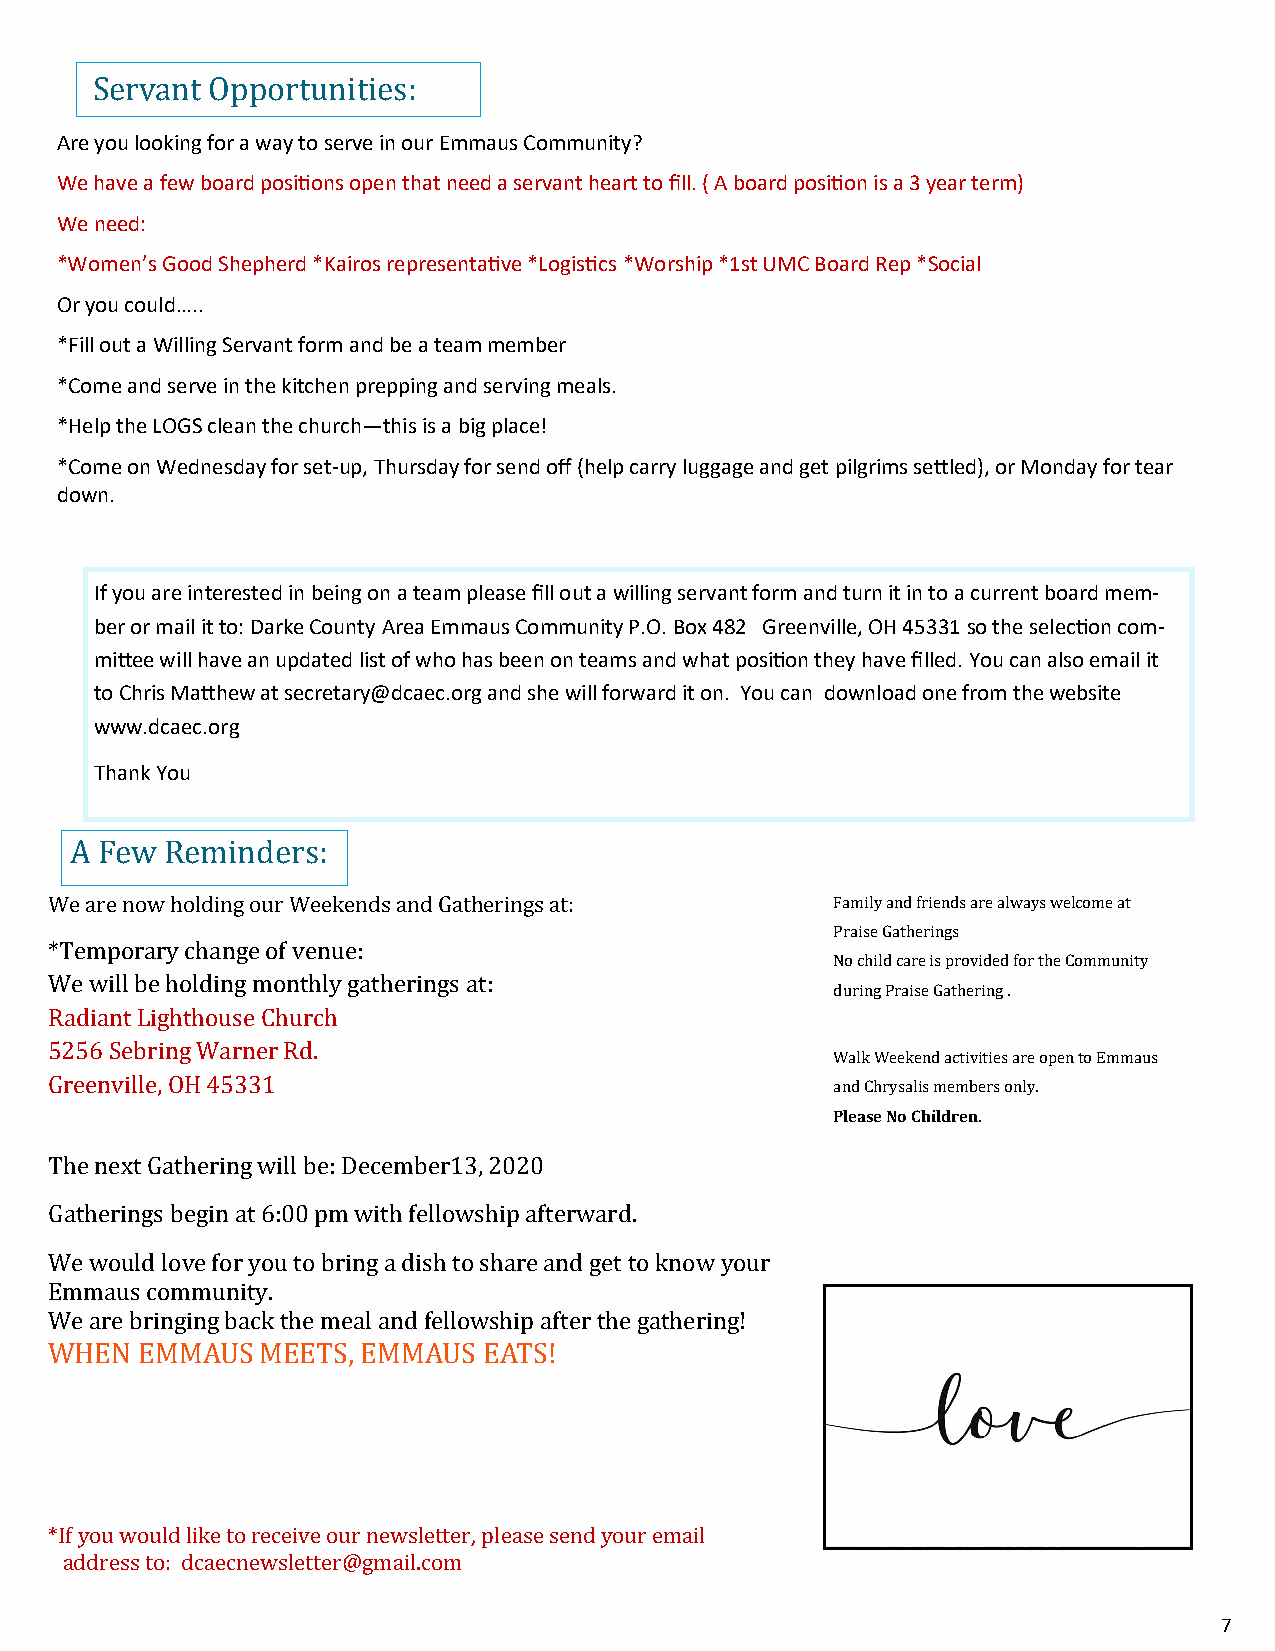
Servant Opportunities:
 Are you looking for a way to serve in our Emmaus Community?
 We have a few board positions open that need a servant heart to fill. ( A board position is a 3 year term)
 We need:
 *Women’s Good Shepherd *Kairos representative *Logistics *Worship *1st UMC Board Rep *Social
 Or you could…..
 *Fill out a Willing Servant form and be a team member
 *Come and serve in the kitchen prepping and serving meals.
 *Help the LOGS clean the church—this is a big place!
 *Come on Wednesday for set-up, Thursday for send off (help carry luggage and get pilgrims settled), or Monday for tear
 down.
 If you are interested in being on a team please fill out a willing servant form and turn it in to a current board mem-
 ber or mail it to: Darke County Area Emmaus Community P.O. Box 482 Greenville, OH 45331 so the selection com-
 mittee will have an updated list of who has been on teams and what position they have filled. You can also email it
 to Chris Matthew at secretary@dcaec.org and she will forward it on. You can download one from the website
 www.dcaec.org
 Thank You
 A Few Reminders:
 We are now holding our Weekends and Gatherings at:  Family and friends are always welcome at
 Praise Gatherings
 *Temporary change of venue:
 No child care is provided for the Community
 We will be holding monthly gatherings at:
 during Praise Gathering .
 Radiant Lighthouse Church
 5256 Sebring Warner Rd.
 Walk Weekend activities are open to Emmaus
 Greenville, OH 45331                                and Chrysalis members only.
 Please No Children.
 The next Gathering will be: December13, 2020
 Gatherings begin at 6:00 pm with fellowship afterward.
 We would love for you to bring a dish to share and get to know your
 Emmaus community.
 We are bringing back the meal and fellowship after the gathering!
 WHEN  EMMAUS  MEETS, EMMAUS  EATS!
 *If you would like to receive our newsletter, please send your email
 address to: dcaecnewsletter@gmail.com
 7